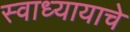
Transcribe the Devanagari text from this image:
स्वाध्यायाचे